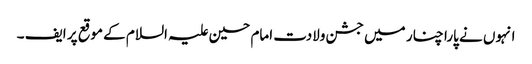
انہوں نے پارا چنار میں جشن ولادت امام حسین علیہ السلام کے موقع پر ایف ۔